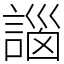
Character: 𧩣